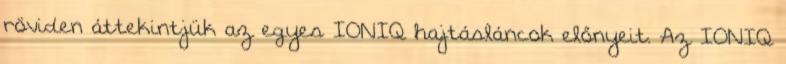
röviden áttekintjük az egyes IONIQ hajtásláncok előnyeit. Az IONIQ